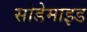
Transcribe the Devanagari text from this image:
सोडेमाइड